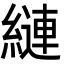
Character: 縺